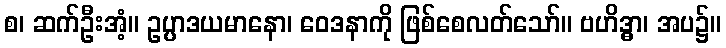
စ၊ ဆက်ဦးအံ့။ ဥပ္ပာဒယမာနော၊ ဝေဒနာကို ဖြစ်စေလတ်သော်။ ဗဟိဒ္ဓာ၊ အပ၌။